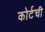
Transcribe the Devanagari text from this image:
कोर्टची